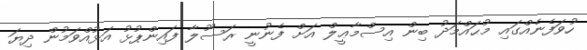
ހުވަފެނެއްގައި މުޙައްމަދު ބިން އިސްމާޢީލް އަށް ފެނުނީ ރަސޫލާ ފައިންޕުޅު އަޅުއްވަމުން ދިޔަ